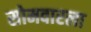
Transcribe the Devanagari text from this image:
सोमवारला